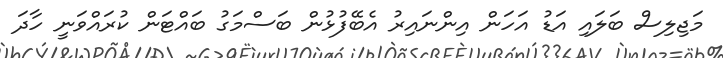
މަޖިލިސް ބަލައި އަޑު އަހަން އިންނައިރު އެބޭފުޅުން ބަސްމަގު ބައްޓަން ކުރައްވަނީ ހާދަ